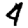
Digit: 4